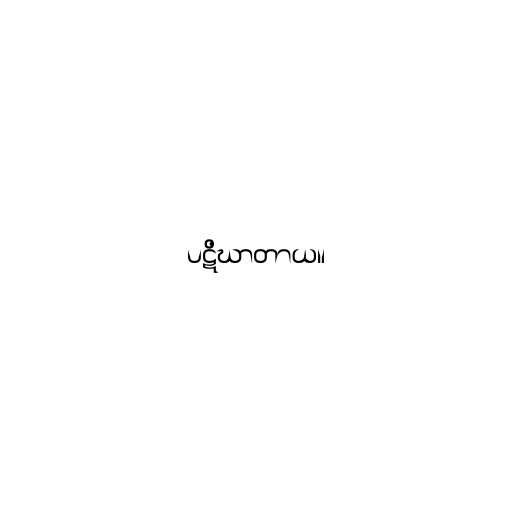
ပဋိဃာတာယ။